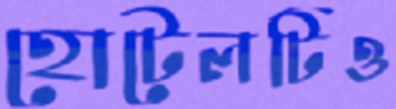
হোটেলটিও